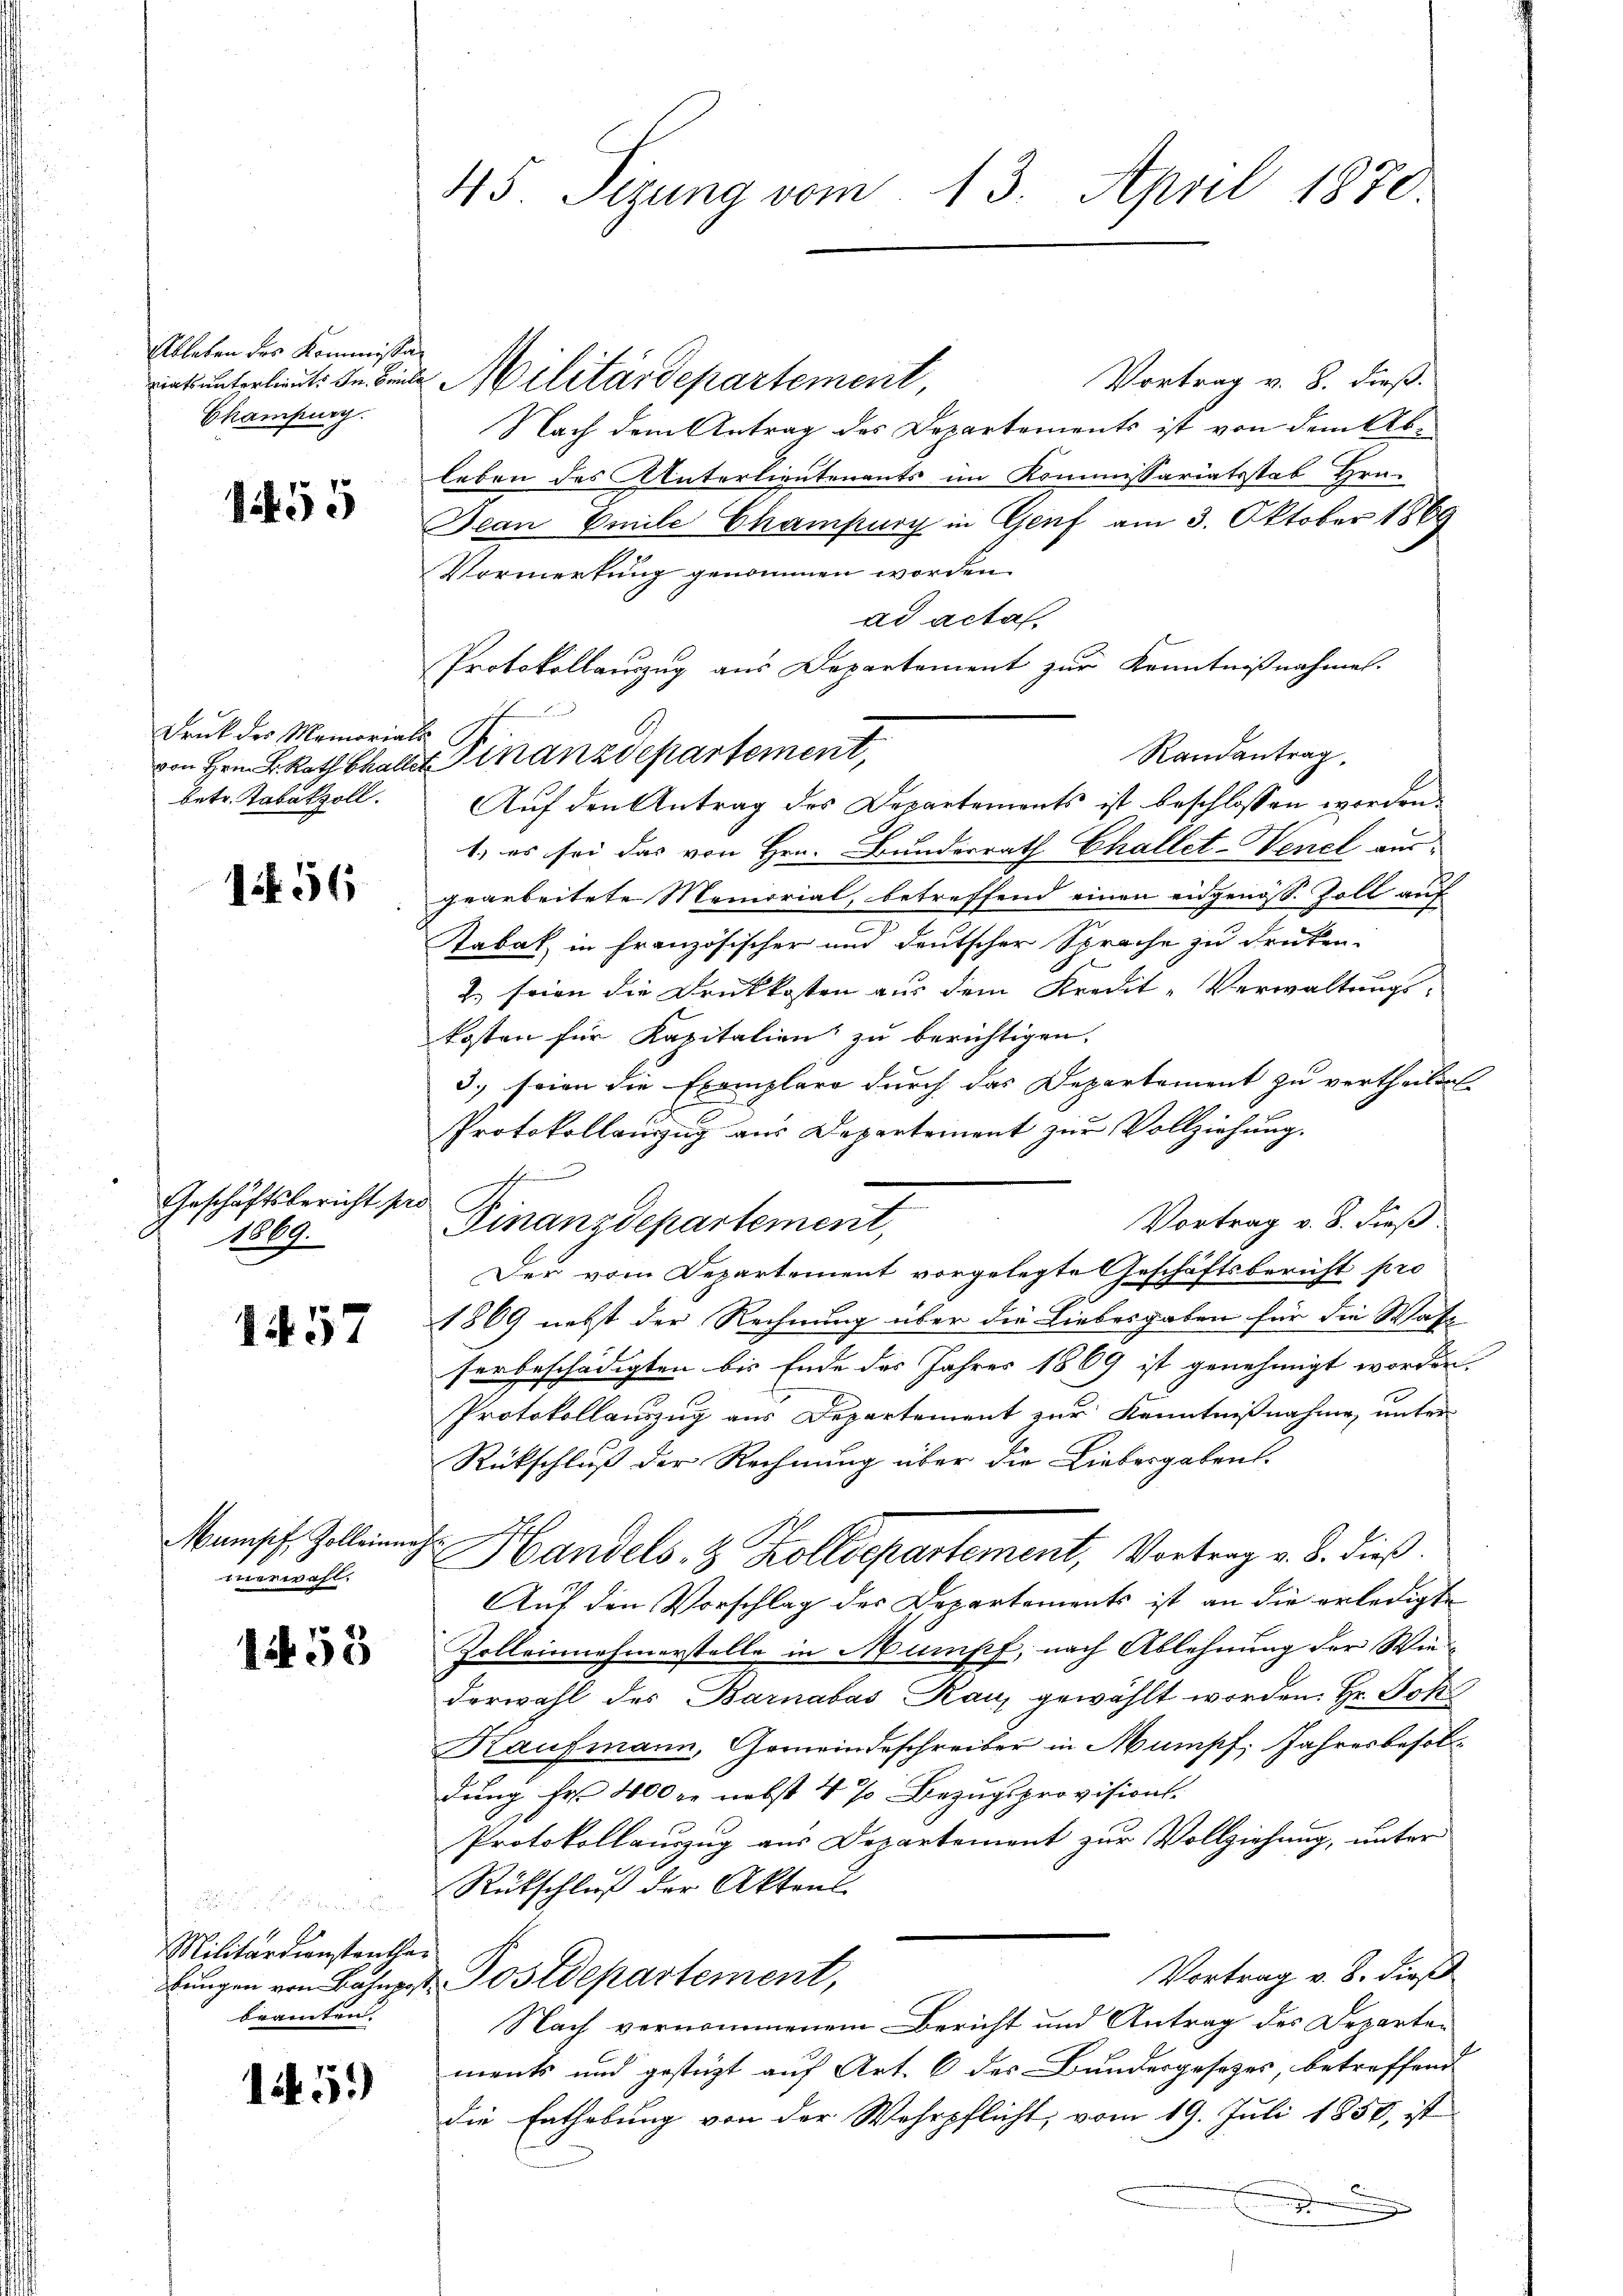
Ableben des Kommissan
viats unterlieut. Dn. Seit
Chamburg.

155

Druck des Memorials
betr. Tabakzoll.

156

Geschäftsbericht ser
1089.

1457

nerwahl,

1253

r
Militärdienstentha
beamten.

15.)

45. Sizung vom 13. April 1870.

Vortrag v. 8. dieß.
2 Militärdepartement,
Nach dem Antrag des Departements ist von dem Ableben des Unterlieutenants im Kommissariatsstab Hrn.
Jean Emile Champury in Genf am 3. Oktober 1869
Vormerkung genommen worden.
ad acta
Protokollauszug aus Departement zur Kenntnißnahmen.
n
Randantrag.
Auf den Antrag des Departements ist beschlossen worden.
1. es sei das von Hrn. Bunderrath Challet-Venel aus-
gearbeitete Memorial, betreffend einen eidgenöss. Zoll auf
Tabak in Französischer und deutscher Sprache zu drücken.
2.) seien die Druckkosten aus dem Kredit-Verwaltungs-
kosten für Kapitalien zu berichtigen.
3.) seien die Exemplare durch das Departement zu vertheilen.
Protokollenzug aus Departement zur Vollziehung.
s
20
Vortrag v. 8. dieß.
Finanzdepartement,
Der vom Departement vorgelegte Geschäftsbericht pro
1869 nebst der Rechnung über die Liebesgaben für die Wafserbeschädigten bis Ende des Jahres 1869 ist genehmigt worden.
Protokollauszug aus Departement zur Kenntnißnahme, unter
Rückschluß der Rechnung über die Liebergaben.
Mamsch. Zolleich Handels 8 Zolldepartement, Vortrag v. 8. dieß.
Auf den Vorschlag des Departements ist an die erledigte
Zolleinehmerstelle in Mumpf, nach Ablehnung der Wiederwahl des Barnabas Rauz gewählt worden. Hr. Joh
Kaufmann, Gemeindeschreiber in Mumpf. Jahresbesoldung Fr. 400 r. nebst 4 % Bezugsprovisions.
Protokollauszug aus Departement zur Vollziehung, unter
Rückschluß der Aktens
Vortrag v. 8. dies
bungen von Bahnpost. Postdepartement,
Nach vernommenem Bericht und Antrag des Departen
ments und gestüzt auf Art. 6 des Bundesgesetzes, betreffend
die Enthebung von der Wehrpflicht, vom 19. Juli 1858, ist
.
e

von Hrn. F. Rath Challer inanzdepartement,